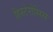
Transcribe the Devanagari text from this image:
हिस्टेरोसिस